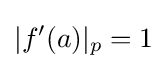
|f'(a)|_{p}=1